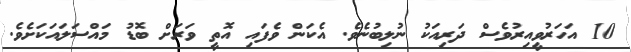
10 އަހަރުވީއިރުވެސް ދަރިއަކު ނުލިބުނެވެ. އެކަން ވެފައި އޮތީ ވަރަށް ބޮޑު މައްސަލައަކަށެވެ.